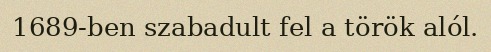
1689-ben szabadult fel a török alól.